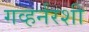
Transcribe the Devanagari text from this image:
गव्हर्नरशी